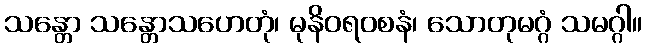
သန္တော သန္တောသဟေတုံ၊ မုနိဝရ၀စနံ၊ သောတုမဂ္ဂံ သမဂ္ဂါ။